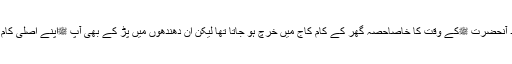
شادی کے بعد آنحضرت ﷺکے وقت کا خاصاحصہ گھر کے کام کاج میں خرچ ہو جاتا تھا لیکن ان دھندھوں میں پڑ کے بھی آپ ﷺاپنے اصلی کام کو نہ بھولے۔